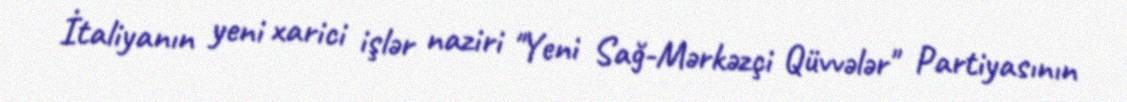
İtaliyanın yeni xarici işlər naziri "Yeni Sağ-Mərkəzçi Qüvvələr" Partiyasının